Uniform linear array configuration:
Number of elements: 8
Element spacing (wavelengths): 0.25
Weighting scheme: hamming
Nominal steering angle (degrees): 30
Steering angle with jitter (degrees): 31.874
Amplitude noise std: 0.05
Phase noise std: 0.05

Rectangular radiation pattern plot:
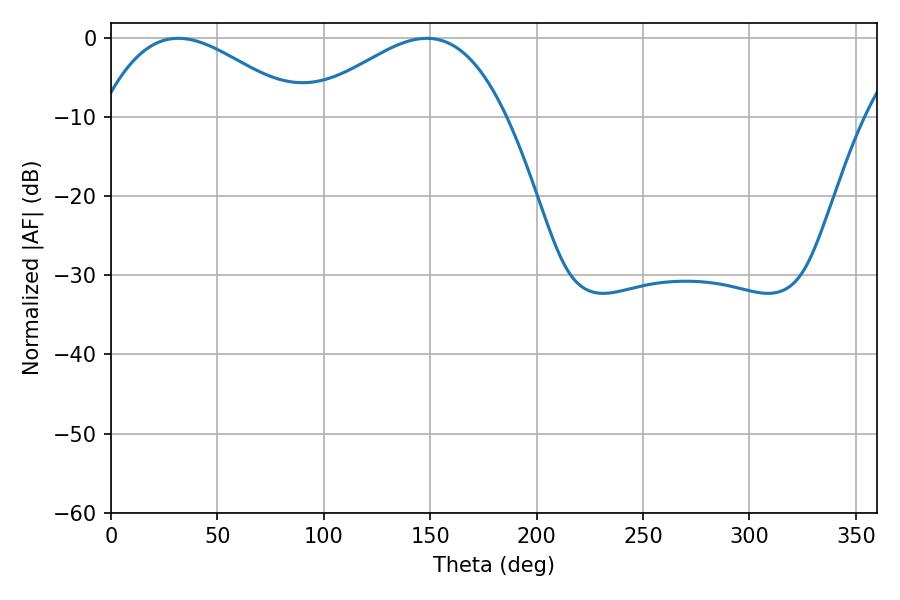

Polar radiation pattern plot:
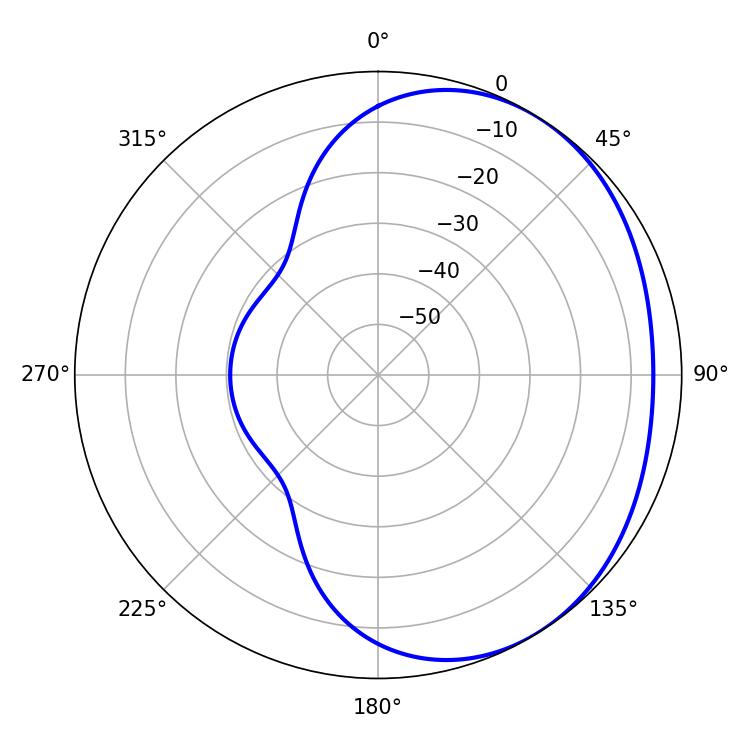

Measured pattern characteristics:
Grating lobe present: FALSE
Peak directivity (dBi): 2.483
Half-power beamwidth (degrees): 50.94
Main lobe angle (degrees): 31.68